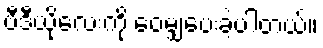
ဗီဒီယိုလေးကို ဝေမျှပေးခဲ့ပါတယ်။